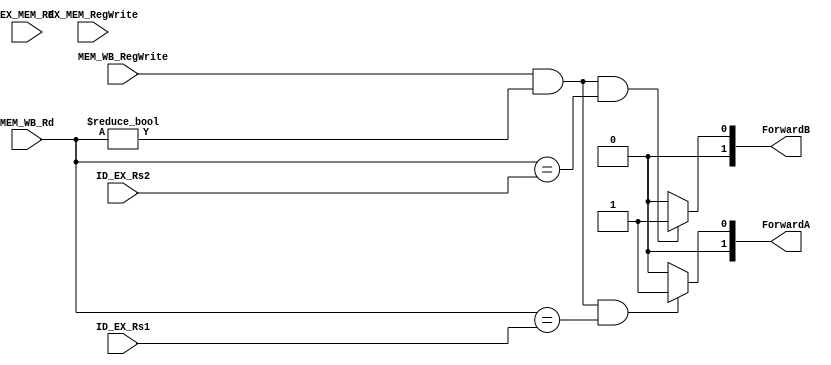
`timescale 1ns / 1ps
//////////////////////////////////////////////////////////////////////////////////
// Company: 
// Engineer: 
// 
// Design Name: 
// Module Name: Forwarding_Unit
// Project Name: 
// Target Devices: 
// Tool Versions: 
// Description: 
// 
// Dependencies: 
// 
// Revision:
// Revision 0.01 - File Created
// Additional Comments:
// 
//////////////////////////////////////////////////////////////////////////////////


module Forwarding_Unit(
input [4:0] ID_EX_Rs1, ID_EX_Rs2, EX_MEM_Rd, MEM_WB_Rd,
input EX_MEM_RegWrite, MEM_WB_RegWrite,
output reg[1:0] ForwardA, ForwardB
);

always@ (*) begin
//MEM hazard
//if ( EX_MEM_RegWrite & (EX_MEM_Rd != 0)
//    & (EX_MEM_Rd == ID_EX_Rs1) )
//    ForwardA = 2'b10; //fwd from previous stage
//EX hazard
if ((MEM_WB_RegWrite & (MEM_WB_Rd != 0) & (MEM_WB_Rd == ID_EX_Rs1)))
    ForwardA = 2'b01; //fwd from 2 stages before  
//No hazard
else
    ForwardA = 2'b00; //no fwd

//MEM hazard
//if ( EX_MEM_RegWrite & (EX_MEM_Rd != 0)
//    & (EX_MEM_Rd == ID_EX_Rs2) )
//    ForwardB = 2'b10;

//EX hazard
if ((MEM_WB_RegWrite & (MEM_WB_Rd != 0) & (MEM_WB_Rd == ID_EX_Rs2)))
    ForwardB = 2'b01;
//No hazard
else
    ForwardB = 2'b00;
end
endmodule